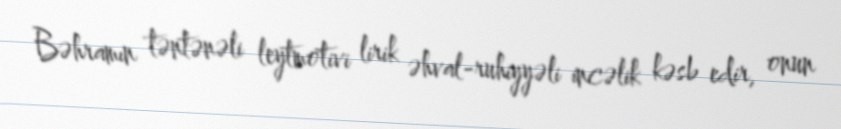
Bəhramın təntənəli leytmotivi lirik əhval-ruhiyyəli incəlik kəsb edir, onun